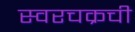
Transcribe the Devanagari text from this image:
स्वरचक्रची